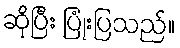
ဆိုပြီး ပြုံးပြသည်။